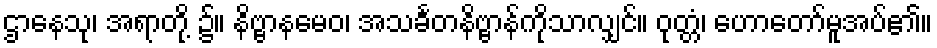
ဌာနေသု၊ အရာတို့ ၌။ နိဗ္ဗာနမေဝ၊ အသင်္ခတနိဗ္ဗာန်ကိုသာလျှင်။ ဝုတ္တံ၊ ဟောတော်မူအပ်၏။